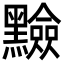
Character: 𪒫